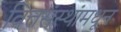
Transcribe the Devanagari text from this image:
वित्तसंस्थांमधून